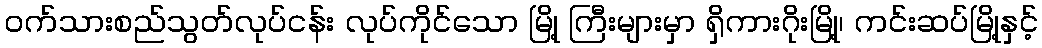
ဝက်သားစည်သွတ်လုပ်ငန်း လုပ်ကိုင်သော မြို့ ကြီးများမှာ ရှိကားဂိုးမြို့၊ ကင်းဆပ်မြို့နှင့်